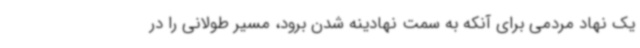
یک نهاد مردمی برای آنکه به سمت نهادینه شدن برود، مسیر طولانی را در